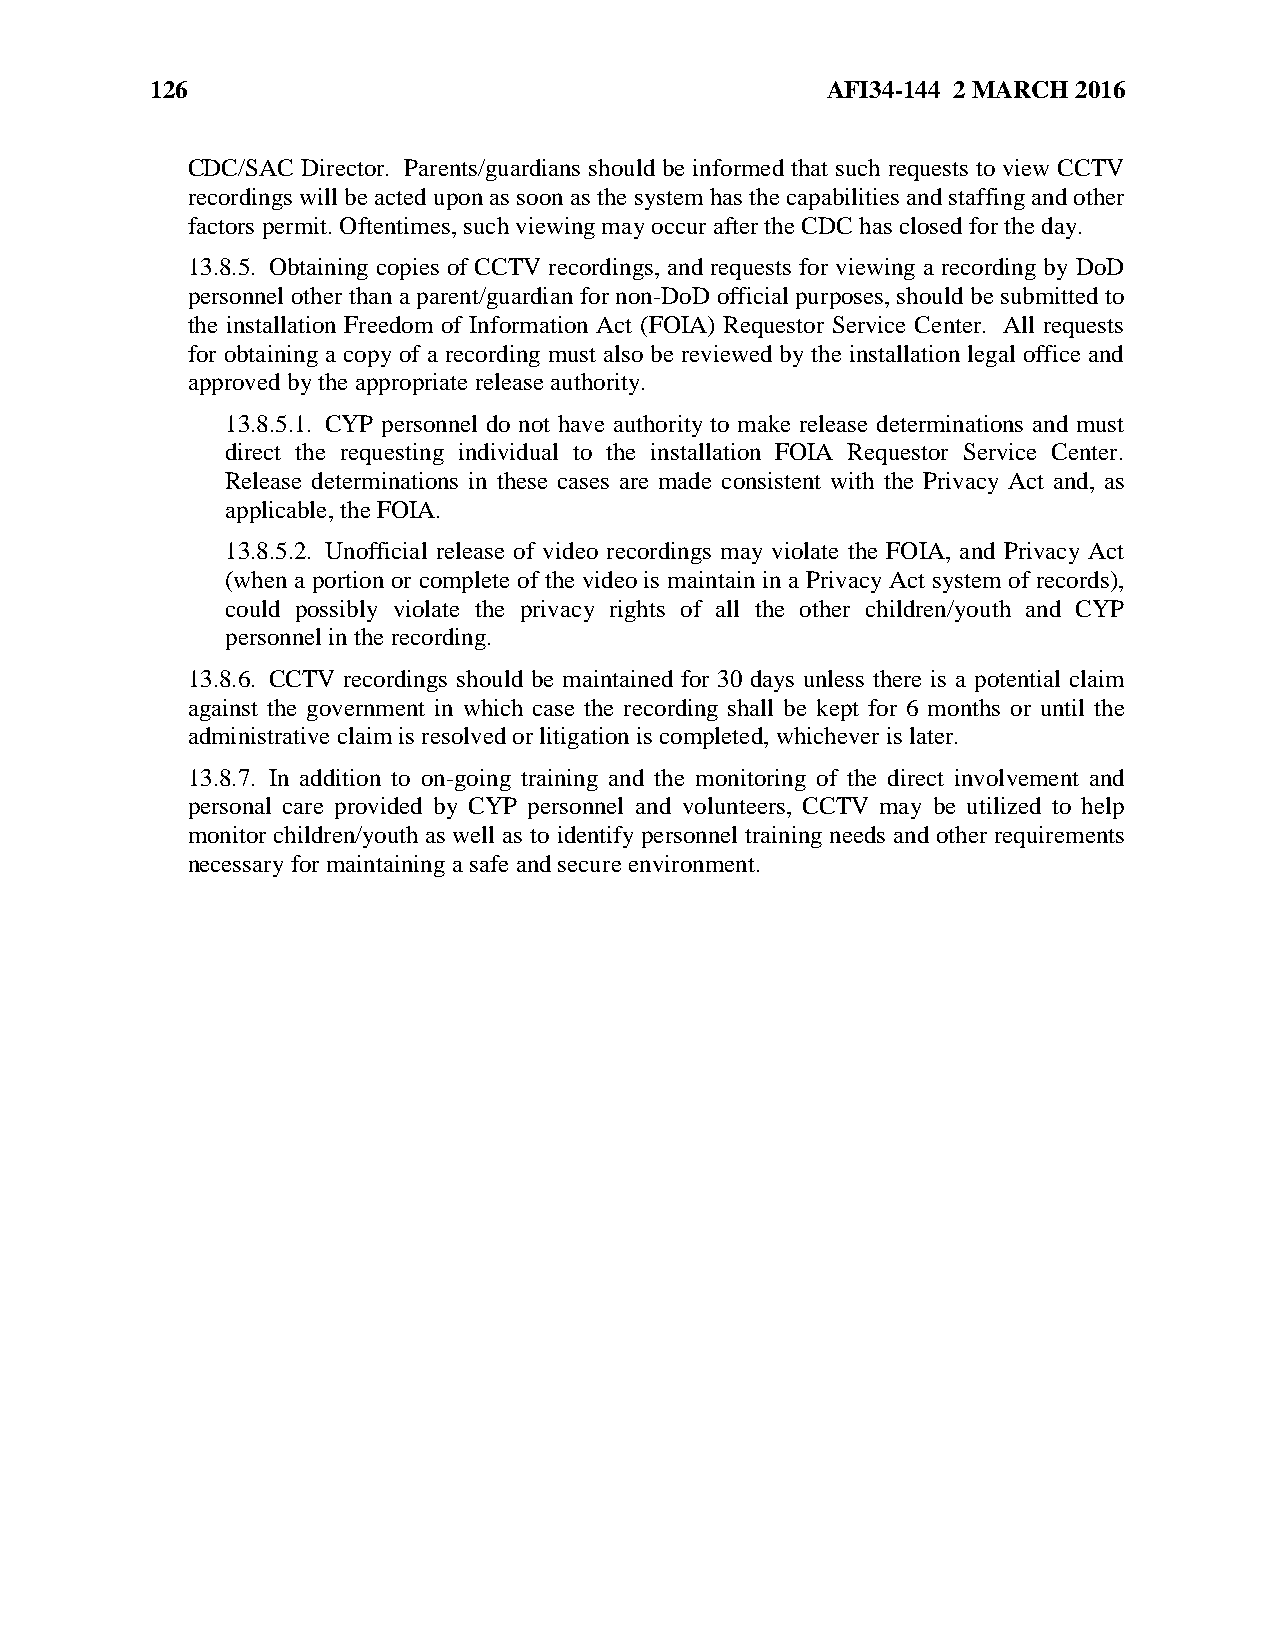
126                                          AFI34-144 2 MARCH 2016
 CDC/SAC Director. Parents/guardians should be informed that such requests to view CCTV
 recordings will be acted upon as soon as the system has the capabilities and staffing and other
 factors permit. Oftentimes, such viewing may occur after the CDC has closed for the day.
 13.8.5. Obtaining copies of CCTV recordings, and requests for viewing a recording by DoD
 personnel other than a parent/guardian for non-DoD official purposes, should be submitted to
 the installation Freedom of Information Act (FOIA) Requestor Service Center. All requests
 for obtaining a copy of a recording must also be reviewed by the installation legal office and
 approved by the appropriate release authority.
 13.8.5.1. CYP personnel do not have authority to make release determinations and must
 direct the requesting individual to the installation FOIA Requestor Service Center.
 Release determinations in these cases are made consistent with the Privacy Act and, as
 applicable, the FOIA.
 13.8.5.2. Unofficial release of video recordings may violate the FOIA, and Privacy Act
 (when a portion or complete of the video is maintain in a Privacy Act system of records),
 could possibly violate the privacy rights of all the other children/youth and CYP
 personnel in the recording.
 13.8.6. CCTV recordings should be maintained for 30 days unless there is a potential claim
 against the government in which case the recording shall be kept for 6 months or until the
 administrative claim is resolved or litigation is completed, whichever is later.
 13.8.7. In addition to on-going training and the monitoring of the direct involvement and
 personal care provided by CYP personnel and volunteers, CCTV may be utilized to help
 monitor children/youth as well as to identify personnel training needs and other requirements
 necessary for maintaining a safe and secure environment.